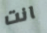
انت